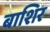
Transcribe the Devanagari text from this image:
बाशिर